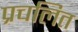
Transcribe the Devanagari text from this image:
प्रचलित